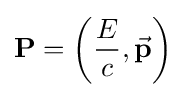
\mathbf {P} =\left({\frac {E}{c}},{\vec {\mathbf {p} }}\right)